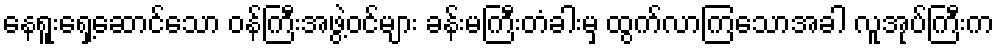
နေရူးရှေ့ဆောင်သော ဝန်ကြီးအဖွဲ့ဝင်များ ခန်းမကြီးတံခါးမှ ထွက်လာကြသောအခါ လူအုပ်ကြီးက